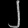
Digit: ၂